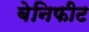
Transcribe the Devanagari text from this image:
बेनिफीट